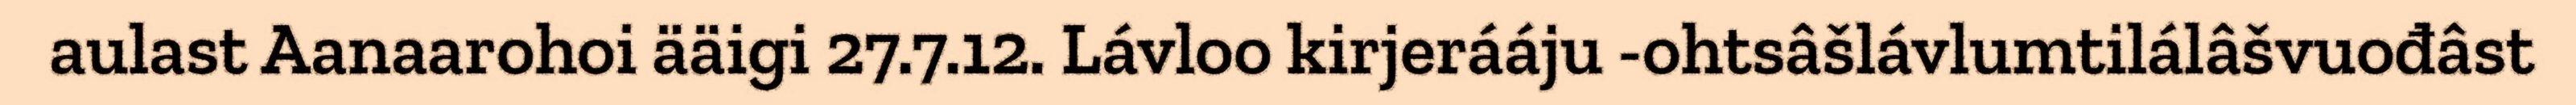
aulast Aanaarohoi ääigi 27.7.12. Lávloo kirjerááju -ohtsâšlávlumtilálâšvuođâst